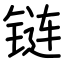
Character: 链